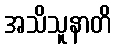
အသိသူနာတိ